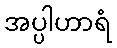
အပ္ပါဟာရံ